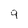
Character: 9